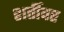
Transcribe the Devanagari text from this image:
शर्तीवर